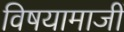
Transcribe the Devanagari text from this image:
विषयामाजीं